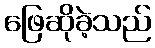
ဖြေဆိုခဲ့သည်